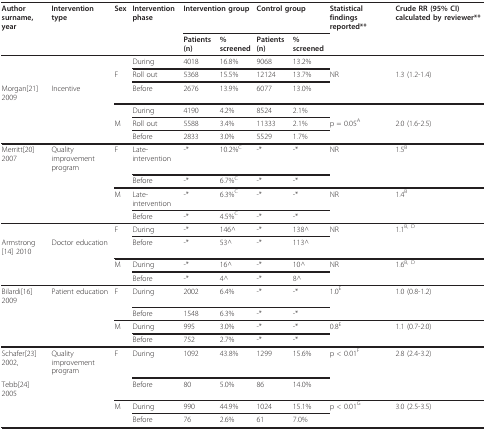
<table><thead><tr><td><b>Author surname, year</b></td><td><b>Intervention type</b></td><td><b>Sex</b></td><td><b>Intervention phase</b></td><td colspan="2"><b>Intervention group</b></td><td colspan="2"><b>Control group</b></td><td><b>Statistical findings reported**</b></td><td><b>Crude RR (95% CI) calculated by reviewer**</b></td></tr><tr><td></td><td></td><td></td><td></td><td><b>Patients (n)</b></td><td><b>% screened</b></td><td><b>Patients (n)</b></td><td><b>% screened</b></td><td></td><td></td></tr></thead><tbody><tr><td></td><td></td><td></td><td>During</td><td>4018</td><td>16.8%</td><td>9068</td><td>13.2%</td><td></td><td></td></tr><tr><td></td><td></td><td>F</td><td>Roll out</td><td>5368</td><td>15.5%</td><td>12124</td><td>13.7%</td><td>NR</td><td>1.3 (1.2-1.4)</td></tr><tr><td>Morgan[21] 2009</td><td>Incentive</td><td></td><td>Before</td><td>2676</td><td>13.9%</td><td>6077</td><td>13.0%</td><td></td><td></td></tr><tr><td></td><td></td><td></td><td>During</td><td>4190</td><td>4.2%</td><td>8524</td><td>2.1%</td><td></td><td></td></tr><tr><td></td><td></td><td>M</td><td>Roll out</td><td>5588</td><td>3.4%</td><td>11333</td><td>2.1%</td><td>p = 0.05<sup>A</sup></td><td>2.0 (1.6-2.5)</td></tr><tr><td></td><td></td><td></td><td>Before</td><td>2833</td><td>3.0%</td><td>5529</td><td>1.7%</td><td></td><td></td></tr><tr><td>Merritt[20] 2007</td><td>Quality improvement program</td><td>F</td><td>Late-intervention</td><td>-*</td><td>10.2%<sup>C</sup></td><td>-*</td><td>-*</td><td>NR</td><td>1.5<sup>B</sup></td></tr><tr><td></td><td></td><td></td><td>Before</td><td>-*</td><td>6.7%<sup>C</sup></td><td>-*</td><td>-*</td><td></td><td></td></tr><tr><td></td><td></td><td>M</td><td>Late-intervention</td><td>-*</td><td>6.3%<sup>C</sup></td><td>-*</td><td>-*</td><td>NR</td><td>1.4<sup>B</sup></td></tr><tr><td></td><td></td><td></td><td>Before</td><td>-*</td><td>4.5%<sup>C</sup></td><td>-*</td><td>-*</td><td></td><td></td></tr><tr><td></td><td></td><td>F</td><td>During</td><td>-*</td><td>146^</td><td>-*</td><td>138^</td><td>NR</td><td>1.1<sup>B, D</sup></td></tr><tr><td>Armstrong[14] 2010</td><td>Doctor education</td><td></td><td>Before</td><td>-*</td><td>53^</td><td>-*</td><td>113^</td><td></td><td></td></tr><tr><td></td><td></td><td>M</td><td>During</td><td>-*</td><td>16^</td><td>-*</td><td>10^</td><td>NR</td><td>1.6<sup>B, D</sup></td></tr><tr><td></td><td></td><td></td><td>Before</td><td>-*</td><td>4^</td><td>-*</td><td>8^</td><td></td><td></td></tr><tr><td>Bilardi[16] 2009</td><td>Patient education</td><td>F</td><td>During</td><td>2002</td><td>6.4%</td><td>-*</td><td>-*</td><td>1.0<sup>E</sup></td><td>1.0 (0.8-1.2)</td></tr><tr><td></td><td></td><td></td><td>Before</td><td>1548</td><td>6.3%</td><td>-*</td><td>-*</td><td></td><td></td></tr><tr><td></td><td></td><td>M</td><td>During</td><td>995</td><td>3.0%</td><td>-*</td><td>-*</td><td>0.8<sup>E</sup></td><td>1.1 (0.7-2.0)</td></tr><tr><td></td><td></td><td></td><td>Before</td><td>752</td><td>2.7%</td><td>-*</td><td>-*</td><td></td><td></td></tr><tr><td>Schafer[23] 2002,</td><td>Quality improvement program</td><td>F</td><td>During</td><td>1092</td><td>43.8%</td><td>1299</td><td>15.6%</td><td>p &lt; 0.01<sup>F</sup></td><td>2.8 (2.4-3.2)</td></tr><tr><td>Tebb[24] 2005</td><td></td><td></td><td>Before</td><td>80</td><td>5.0%</td><td>86</td><td>14.0%</td><td></td><td></td></tr><tr><td></td><td></td><td>M</td><td>During</td><td>990</td><td>44.9%</td><td>1024</td><td>15.1%</td><td>p &lt; 0.01<sup>G</sup></td><td>3.0 (2.5-3.5)</td></tr><tr><td></td><td></td><td></td><td>Before</td><td>76</td><td>2.6%</td><td>61</td><td>7.0%</td><td></td><td></td></tr></tbody></table>